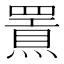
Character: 𤐍